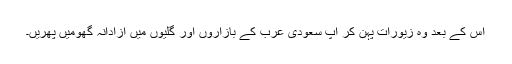
اس کے بعد وہ زیورات پہن کر آپ سعودی عرب کے بازاروں اور گلیوں میں آزادانہ گھومیں پھریں۔